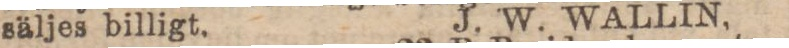
säljes billigt. J. W. WALLIN,